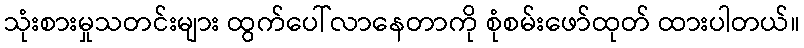
သုံးစားမှုသတင်းများ ထွက်ပေါ်လာနေတာကို စုံစမ်းဖော်ထုတ် ထားပါတယ်။